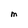
Character: M